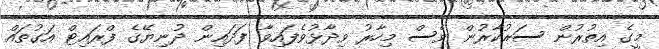
މީގެ އިތުރުން ސަރުކާރުން ވެސް މިހާރު ވިދާޅުވެފައިވާ ފަދައިން ދުނިޔޭގެ ފްރައިޓް އަގުތައް